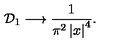
{ \cal D } _ { 1 } \longrightarrow \frac { 1 } { \pi ^ { 2 } \left| x \right| ^ { 4 } } .